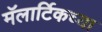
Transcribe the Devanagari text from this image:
मॅलार्टिकच्या